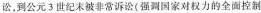
讼，到公元3世纪末被非常诉讼(强国家对权力的全面控制